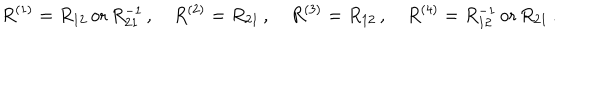
R ^ { ( 1 ) } = R _ { 1 2 } \, \mathrm { o r } \, R _ { 2 1 } ^ { - 1 } \, , \quad R ^ { ( 2 ) } = R _ { 2 1 } \, , \quad R ^ { ( 3 ) } = R _ { 1 2 } \, , \quad R ^ { ( 4 ) } = R _ { 1 2 } ^ { - 1 } \, \mathrm { o r } \, R _ { 2 1 } \, .